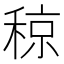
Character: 稤